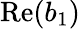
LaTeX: \mathrm{Re}(b_{1})